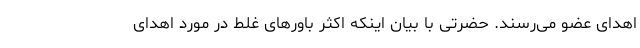
اهدای عضو می‌رسند. حضرتی با بیان اینکه اکثر باورهای غلط در مورد اهدای